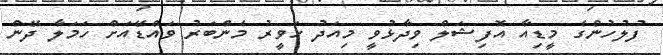
ފުލުހުންގެ މީޑިއާ އޮފިޝަލް ވިދާޅުވީ މިއަދު ހަވީރު މެންބަރު ވައްޑޭއަށް ހަމަލާ ދޭން